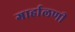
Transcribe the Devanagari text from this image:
गार्हालणी